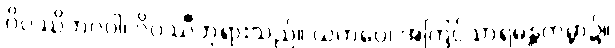
ဝိပဿိဘဂဝါ၊ ဝိပဿီဘုရားသည်။ ယကပ္ပေ၊ အကြင်သာရမန္တကမ္ဘာ၌။